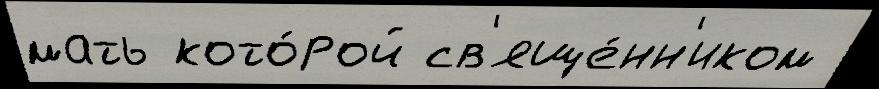
мать кото́рой св'яще́нн'иком